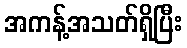
အကန့်အသတ်ရှိပြီး